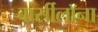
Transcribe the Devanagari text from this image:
बार्सीलॉना